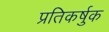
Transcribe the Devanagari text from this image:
प्रतिकर्षुक